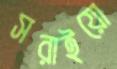
সরাইয়ো